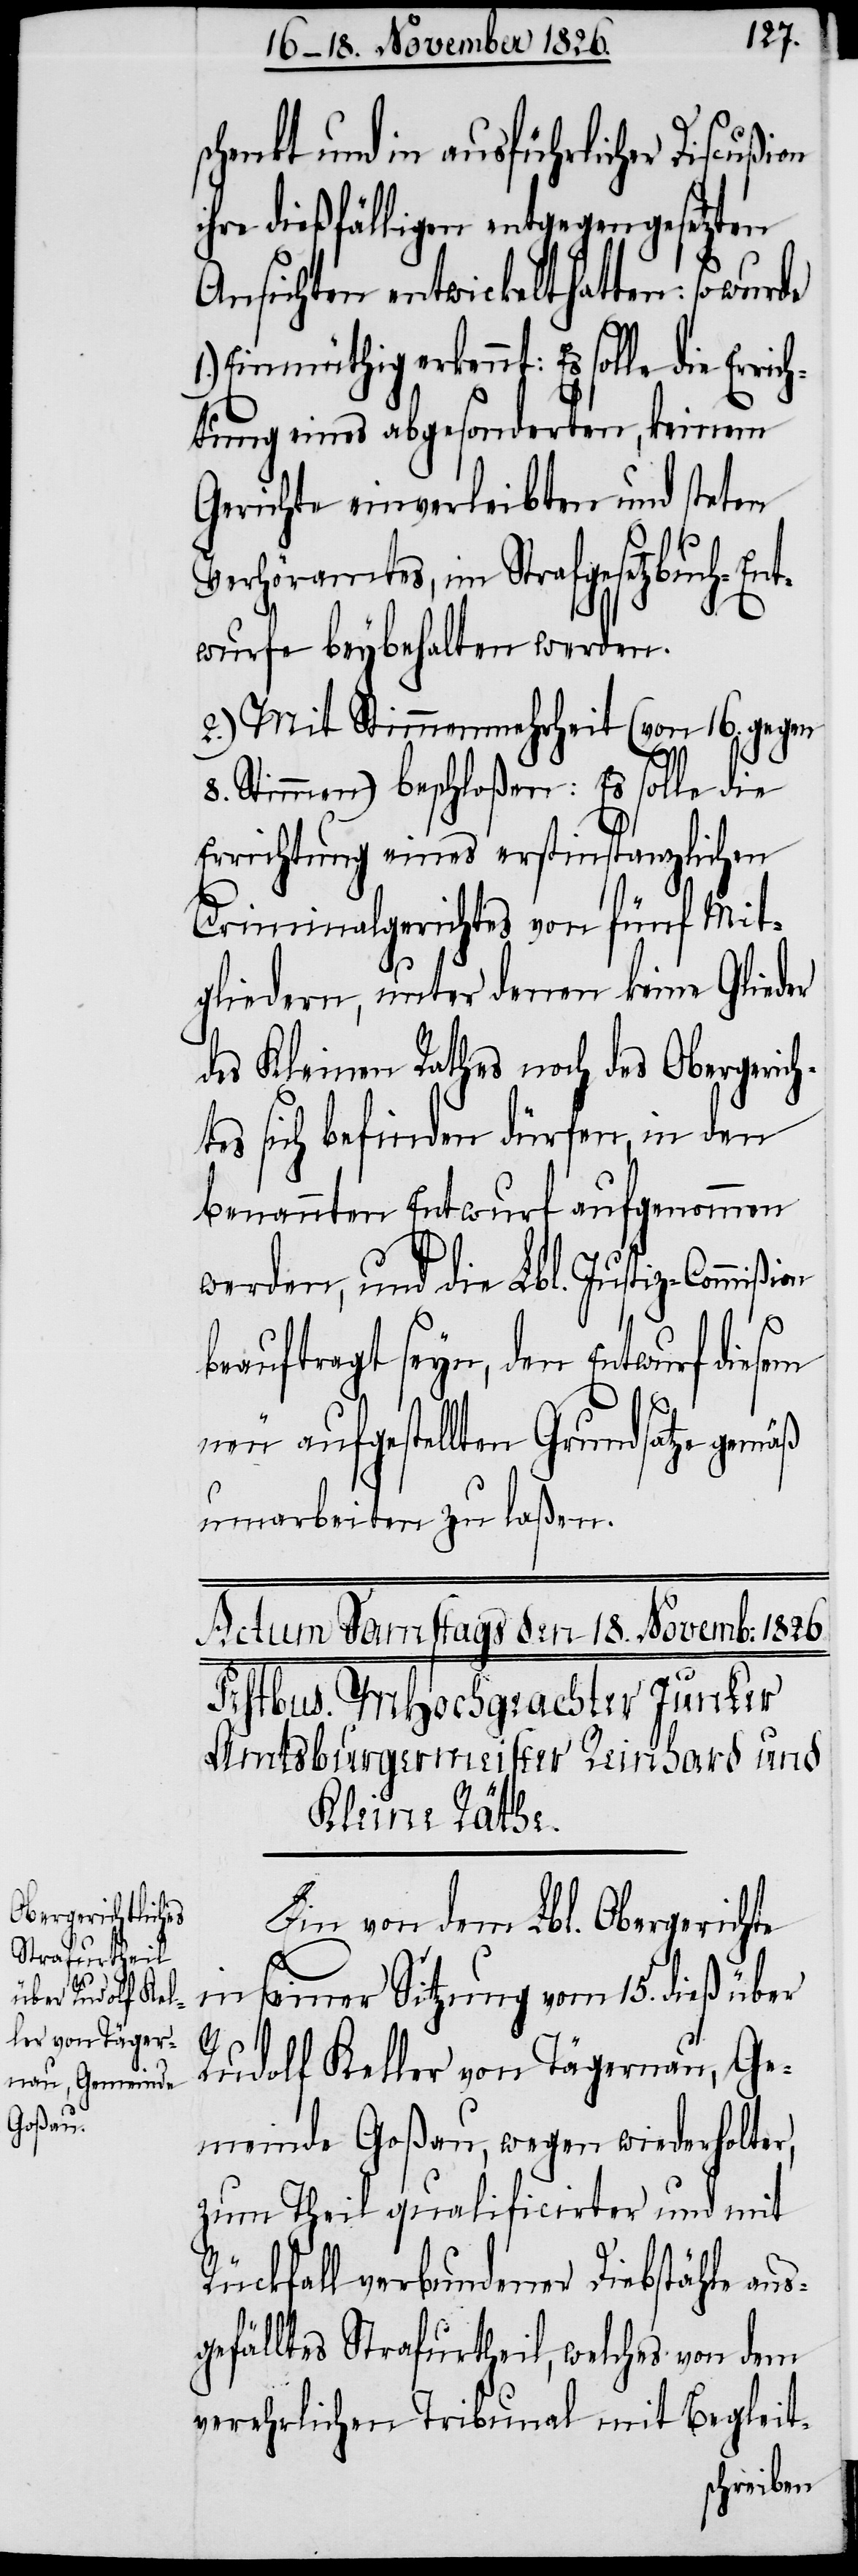
richt¬

schenkt und in ausführlicher Discußion
ihre dießfälligen entgegengesetzten
Ansichten entwickelt hatten: so
Einmüthig erkennt: Es solle die Er¬
ung eines abgesonderten, keinem
Gerichte einverleibten und steten
Verhöramtes, im Strafgesetzbuch-En¬
twurfe beybehalten werden.
2.) Mit Stimmenmehrheit (von 16. gegen
8. Stimmen) beschloßen: Es solle die
Errichtung eines erstinstanzlichen
Criminalgerichtes von fünf Mit¬
gliedern, unter denen keine Glieder
des Kleinen Rathes noch des Obergerich¬
tes sich befinden dürfen, in den
benannten Entwurf aufgenommen
werden, und die Lbl. Justiz-Commißi¬
beauftragt seyn, den Entwurf diesem
neu aufgestellten Grundsatze gemäß
umarbeiten zu laßen.
Ein von dem Lbl. Obergerichte
in seiner Sitzung vom 15. dieß über
on
Rudolf Keller von Tägernau, Ge¬
meinde Goßau, wegen wiederholter,
zum Theil qualificirter und mit
Rückfall verbundener Diebstähle aus¬
gefälltes Strafurtheil, welches von dem
verehrlichen Tribunal mit Begleit-